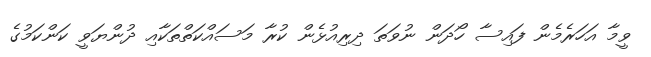
ވީމާ އަހަރެމެން ފައިސާ ހޯދަން ނުވަތަ ދިރިއުޅެން ކުރާ މަސައްކަތްތަކާއި ދުންޔަވީ ކަންކަމުގެ